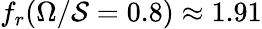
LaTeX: f_{r}(\Omega/\mathcal{S}=0.8)\approx 1.91